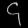
Digit: ၄